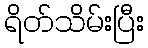
ရိတ်သိမ်းပြီး